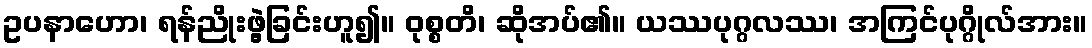
ဥပနာဟော၊ ရန်ညိုးဖွဲ့ခြင်းဟူ၍။ ဝုစ္စတိ၊ ဆိုအပ်၏။ ယဿပုဂ္ဂလဿ၊ အကြင်ပုဂ္ဂိုလ်အား။